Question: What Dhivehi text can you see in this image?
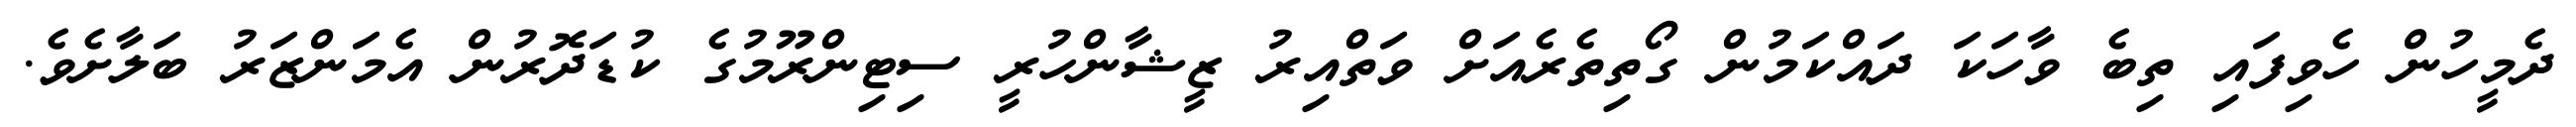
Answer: ދެމީހުން ހެވިފައި ތިބެ ވާހަކަ ދައްކަމުން ގޯތިތެރެއަށް ވަތްއިރު ޒީޝާންހުރީ ސިޓިންރޫމުގެ ކުޑަދޮރުން އެމަންޒަރު ބަލާށެވެ.